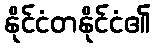
နိုင်ငံတနိုင်ငံ၏